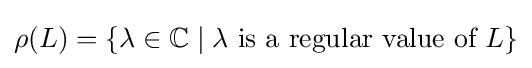
\rho (L)=\{\lambda \in \mathbb {C} \mid \lambda {\mbox{ is a regular value of }}L\}